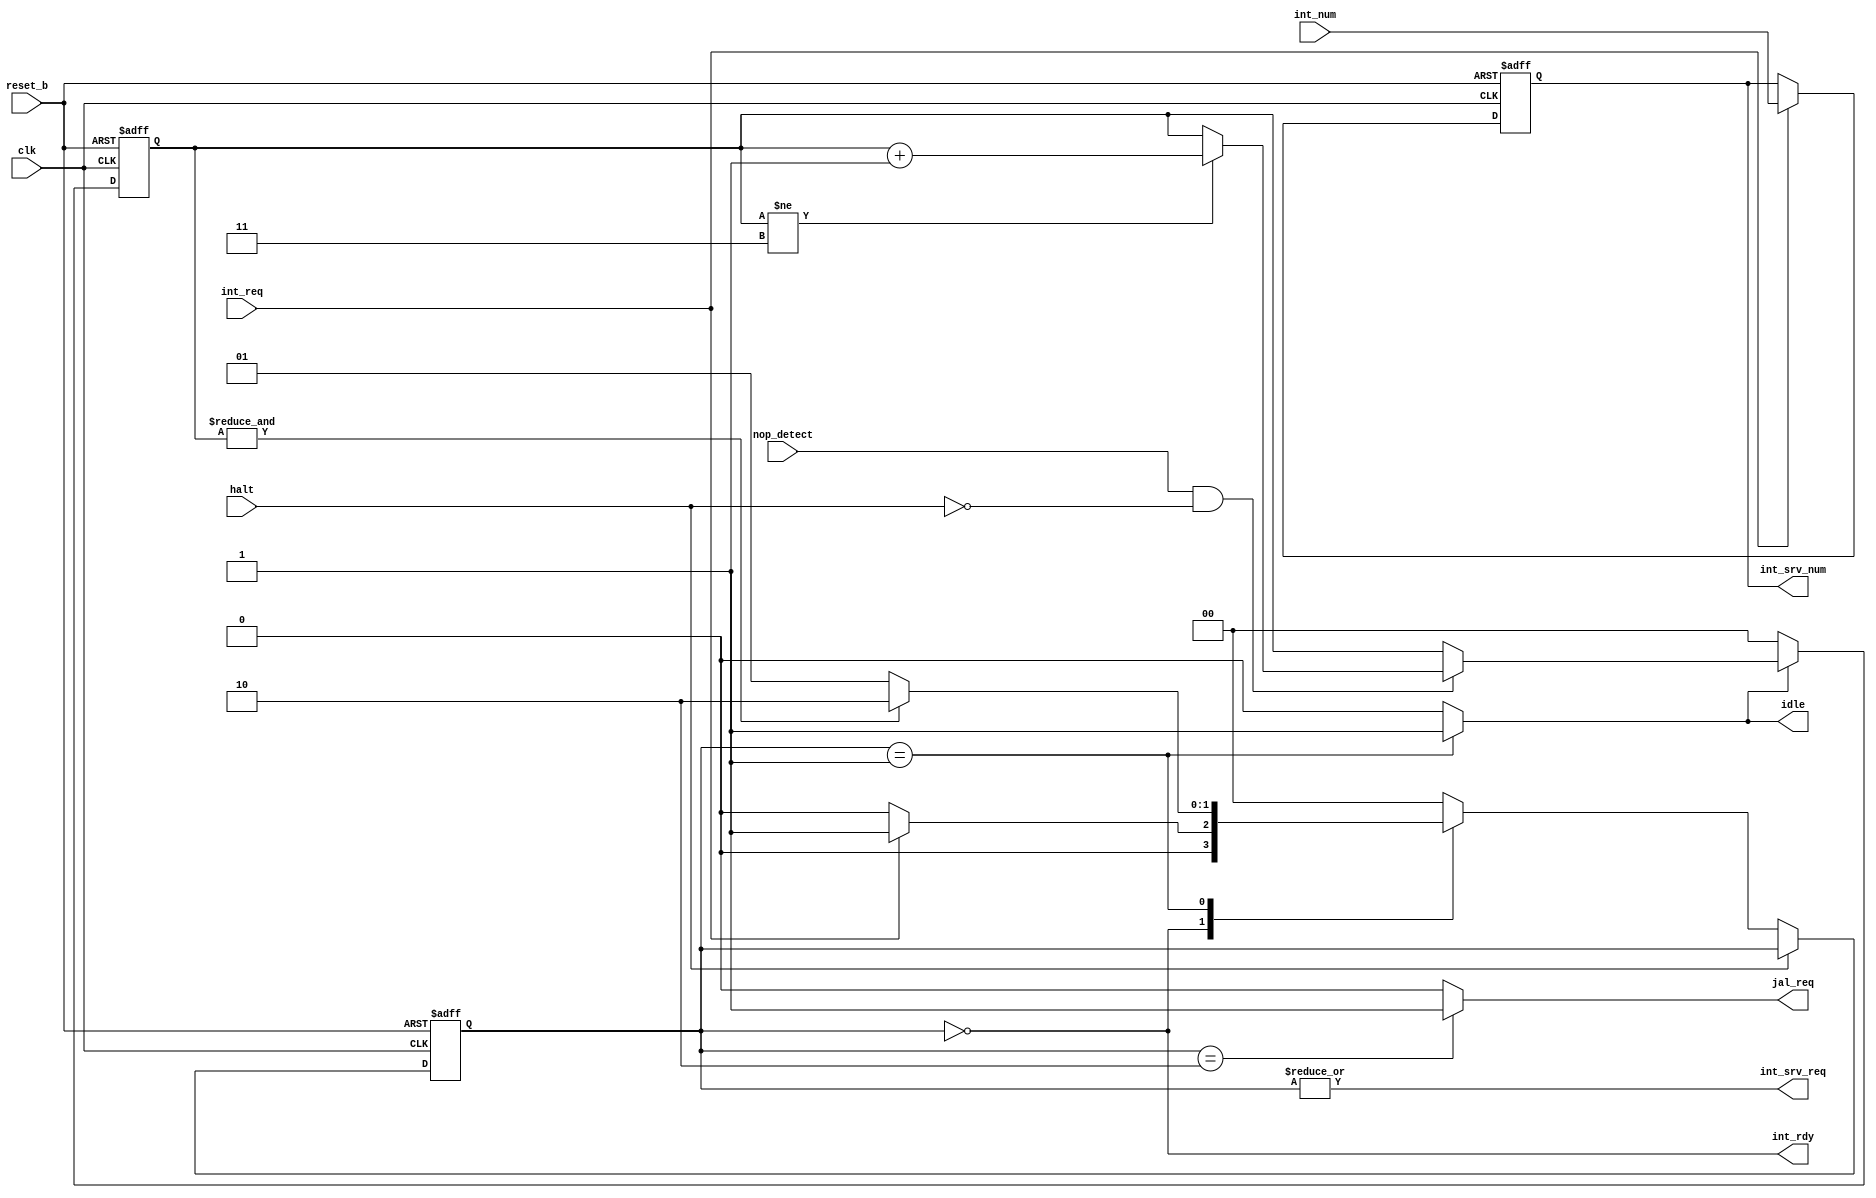
module int_cont (
		clk,		// system clock
		reset_b,	// system reset
                halt,		// processor halt signal
                int_req,	// signal that an interupt is requested
		int_num,	// interupt number that is being requested
                nop_detect,	// signal that the processor just executed a NOP instruction

                int_rdy,	// 1 when int req will be serviced when requested 
                idle,		// signal to idle processor;
                jal_req,	// signal to fetch to insert the JAL instruction
		int_srv_req,	// signal that the interupt was serviced 
                int_srv_num);	// interupt number that was serviced


input clk;
input reset_b;
input halt;
input int_req;
input [15:0] int_num;
input nop_detect;

output int_rdy;
output idle;
output int_srv_req;
output jal_req;
output [15:0] int_srv_num;


// Internal signals

reg [1:0] state;
reg [1:0] next_state;
reg [1:0] nop_cnt;
reg [15:0] r_int_num;

// Sets int_rdy low if we are servicing an interupt (no additional interupts will be serviced at this time)
assign int_rdy = !state;

// Sets the idle signal when state is in idle mode
assign idle = (state == 2'b 01) ? 1'b 1 : 1'b 0;

// Counts the number of NOPs when we are in idle mode
always @(posedge clk or negedge reset_b)
  begin
    if (!reset_b)
      nop_cnt <= 'b 0;
    else
      if (!idle)
        nop_cnt <= 'b 0;
      else
        if (nop_detect && !halt)
          if (nop_cnt != 2'b 11)
            nop_cnt <= nop_cnt + 1'b 1;
  end
 
// Records the interupt that we are working on
always @(posedge clk or negedge reset_b)
  begin
    if (!reset_b)
      r_int_num <= 'b 0;
    else
      if (int_req) 
        r_int_num <= int_num;
  end 

// Signals external interupt controller that int_cont is servicing an interupt
assign int_srv_num = r_int_num;
assign int_srv_req = |state; 

// Submit JAL instruction request to processor
assign jal_req = (state == 2'b 10) ? 1'b 1 : 1'b 0;


// assign next state to state 
always @(posedge clk or negedge reset_b)
  begin
    if (!reset_b)
      state <= 'b 0;
    else
      if (!halt)
        state <= next_state;
  end

always @(int_req or nop_cnt or state)
  begin
    case (state)
      // init state
      2'b 00 : if (int_req)
                 next_state = 2'b 01;
               else
                 next_state = 2'b 00;

      // start idleling of processor (wait for 4 NOPs)             
      2'b 01 : if (&nop_cnt)
                 next_state = 2'b 10;
               else
                 next_state = 2'b 01;

      // submit JAL instruction
      2'b 10 : next_state = 2'b 00;
 
      // If unknown state is found then go to init state 
      default : next_state = 2'b 00;
    endcase
  end

endmodule